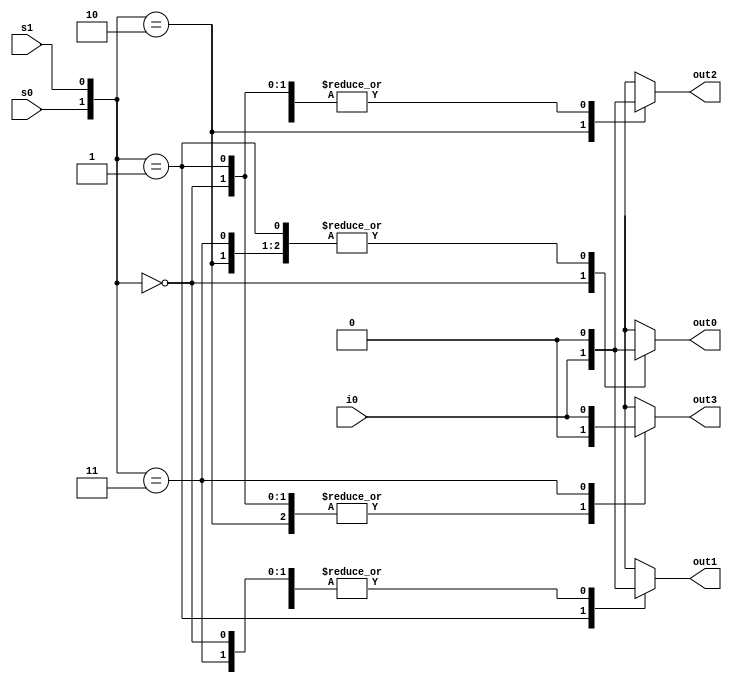
/*************************************************************
Design Name 	: 1x4 Demux
File Name   	: demu_1_4.v
Function    	: Implementation of Demultiplexer
Programer     	: Mohammad Abdul Moin Oninda
Last Modified	: 28-07-2019
*************************************************************/
module demux_1_4(out0, out1, out2, out3, s0, s1, i0);

//Port Declaration

//Output
output reg out0;
output reg out1;
output reg out2;
output reg out3;

input s0;
input s1;
input i0;

always @(*)
	begin	
		case({s0, s1})
				2'b00:
					begin 
						out0 <= i0;
						out1 <= 1'b0;
						out2 <= 1'b0;
						out3 <= 1'b0;
					end
				2'b01:
					begin 
						out0 <= 1'b0;
						out1 <= i0;
						out2 <= 1'b0;
						out3 <= 1'b0;
					end
				2'b10:
					begin 
						out0 <= 1'b0;
						out1 <= 1'b0;
						out2 <= i0;
						out3 <= 1'b0;
					end
				2'b11:
					begin 
						out0 <= 1'b0;
						out1 <= 1'b0;
						out2 <= 1'b0;
						out3 <= i0;
					end
				default: 
					begin
						$display("Error in select bit"); 
					end
		endcase
	end
	
endmodule